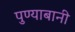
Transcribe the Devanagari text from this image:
पुण्याबानी